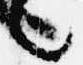
言